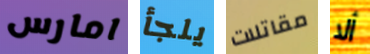
امارس يلجأ مقاتلات ألا